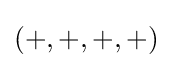
(+,+,+,+)